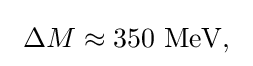
~\Delta M\approx 350{\text{ MeV,}}~